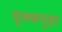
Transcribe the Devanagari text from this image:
वृक्कगुहा